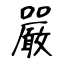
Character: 嚴